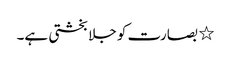
٭ بصارت کو جلا بخشتی ہے۔